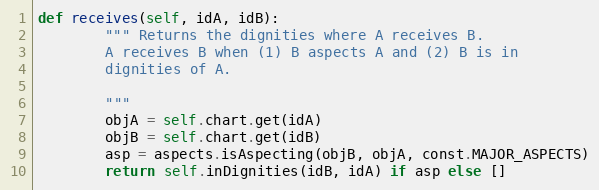
Language: Python
def receives(self, idA, idB):
        """ Returns the dignities where A receives B.
        A receives B when (1) B aspects A and (2) B is in
        dignities of A.

        """
        objA = self.chart.get(idA)
        objB = self.chart.get(idB)
        asp = aspects.isAspecting(objB, objA, const.MAJOR_ASPECTS)
        return self.inDignities(idB, idA) if asp else []